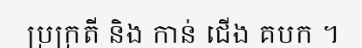
ប្រក្រតី និង កាន់ ជើង គបក ។